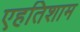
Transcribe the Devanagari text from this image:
एहतिशाम